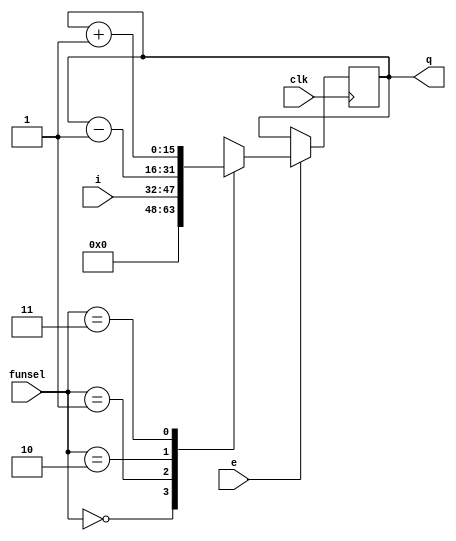
module register #(
parameter NBits = 16
) (
  input               clk,
  input[1:0]          funsel, 
  input               e, 
  input[NBits-1: 0]   i,
  output[NBits-1: 0]  q
);

reg[NBits-1:0] data;
assign q = data;

initial data = {NBits{1'b0}};

always @(posedge clk) begin
  if (e)
    case (funsel)
      2'b00: data = {NBits{1'b0}};  // Clear
      2'b01: data = i;              // Load
      2'b10: data = data - 1'b1;    // Decrement
      2'b11: data = data + 1'b1;    // Increment
    endcase
end 
endmodule

module IR_16_bit (
  input         clk,
  input[7:0]    i_half,
  input[1:0]    funsel,
  input         e,
  input         l_h,
  output[15:0]  ir_out
);
  wire[7:0] demux_1, demux_0;
  assign demux_1 = (l_h)? i_half : 8'bz;
  assign demux_0 = (l_h)? 8'bz : i_half;

  wire[7:0] bh_out;
  wire[7:0] bl_out;
  bufif0 buffer_high[7:0](bh_out, ir_out[15:8], {8{l_h}});
  bufif1 buffer_low[7:0](bl_out, ir_out[7:0], {8{l_h}});

  wire[7:0] high_part, low_part;
  assign high_part = demux_1;
  assign high_part = bh_out;
  assign low_part = demux_0;
  assign low_part = bl_out;

  wire[15:0] i;  
  assign i = {high_part, low_part};

  register #(.NBits(16)) ir (
  .clk    (clk),
  .funsel (funsel ),
  .e      (e      ),
  .i      (i      ),
  .q      (ir_out )
  );

endmodule

//register file
module RF(
  input[2:0]          O1Sel, 
  input[2:0]          O2Sel, 
  input[1:0]          FunSel, 
  input[3:0]          RSel, 
  input[3:0]          TSel, 
  input[7:0]          i,
  input[0:0]          clk,
  output[7:0]     O1,
  output[7:0]     O2
);
  wire R1e, R2e, R3e, R4e;
  wire T1e, T2e, T3e, T4e;

  assign {R1e, R2e, R3e, R4e} = RSel;
  assign {T1e, T2e, T3e, T4e} = TSel;

  register #(.NBits(8)) R1(.funsel(FunSel), .e(R1e), .i(i), .clk(clk));
  register #(.NBits(8)) R2(.funsel(FunSel), .e(R2e), .i(i), .clk(clk));
  register #(.NBits(8)) R3(.funsel(FunSel), .e(R3e), .i(i), .clk(clk));
  register #(.NBits(8)) R4(.funsel(FunSel), .e(R4e), .i(i), .clk(clk));
  register #(.NBits(8)) T1(.funsel(FunSel), .e(T1e), .i(i), .clk(clk));
  register #(.NBits(8)) T2(.funsel(FunSel), .e(T2e), .i(i), .clk(clk));
  register #(.NBits(8)) T3(.funsel(FunSel), .e(T3e), .i(i), .clk(clk));
  register #(.NBits(8)) T4(.funsel(FunSel), .e(T4e), .i(i), .clk(clk));

  assign O1 = (O1Sel == 3'b000)? T1.q : 8'bz;
  assign O1 = (O1Sel == 3'b001)? T2.q : 8'bz;
  assign O1 = (O1Sel == 3'b010)? T3.q : 8'bz;
  assign O1 = (O1Sel == 3'b011)? T4.q : 8'bz;
  assign O1 = (O1Sel == 3'b100)? R1.q : 8'bz;
  assign O1 = (O1Sel == 3'b101)? R2.q : 8'bz;
  assign O1 = (O1Sel == 3'b110)? R3.q : 8'bz;
  assign O1 = (O1Sel == 3'b111)? R4.q : 8'bz;

  assign O2 = (O2Sel == 3'b000)? T1.q : 8'bz;
  assign O2 = (O2Sel == 3'b001)? T2.q : 8'bz;
  assign O2 = (O2Sel == 3'b010)? T3.q : 8'bz;
  assign O2 = (O2Sel == 3'b011)? T4.q : 8'bz;
  assign O2 = (O2Sel == 3'b100)? R1.q : 8'bz;
  assign O2 = (O2Sel == 3'b101)? R2.q : 8'bz;
  assign O2 = (O2Sel == 3'b110)? R3.q : 8'bz;
  assign O2 = (O2Sel == 3'b111)? R4.q : 8'bz;
endmodule

module ARF(
  input           clk,
  input[7:0]      i,
  input[1:0]      out_b_sel,
  input[1:0]      out_a_sel,
  input[1:0]      funsel,
  input[3:0]      r_sel,
  output[7:0] out_a,
  output[7:0] out_b
);

  register #(.NBits(8)) PC (
    .clk    (clk),
    .funsel (funsel),
    .i      (i     )
  );

  register #(.NBits(8)) AR (
    .clk    (clk),
    .funsel (funsel),
    .i      (i     )
  );

  register #(.NBits(8)) SP (
    .clk    (clk),
    .funsel (funsel),
    .i      (i     )
  );

  register #(.NBits(8)) PC_past (
    .clk    (clk),
    .funsel (funsel),
    .i      (i     )
  );

  assign {AR.e, SP.e, PC_past.e, PC.e} = r_sel;

  assign out_a = (out_a_sel == 2'b00)? AR.q : 8'bz;
  assign out_a = (out_a_sel == 2'b01)? SP.q : 8'bz;
  assign out_a = (out_a_sel == 2'b10)? PC_past.q : 8'bz;
  assign out_a = (out_a_sel == 2'b11)? PC.q : 8'bz;

  assign out_b = (out_b_sel == 2'b00)? AR.q : 8'bz;
  assign out_b = (out_b_sel == 2'b01)? SP.q : 8'bz;
  assign out_b = (out_b_sel == 2'b10)? PC_past.q : 8'bz;
  assign out_b = (out_b_sel == 2'b11)? PC.q : 8'bz;
endmodule

module alu(
  input[7:0]  A,
  input[7:0]  B,
  input[3:0]  FunSel,
  input       CLK,
  output[7:0] OutALU,
  output[3:0] ZCNO
);

reg[7:0] out;
assign OutALU = out;

reg[3:0] in;
register #(.NBits(4)) zcno (
  .funsel(2'b01),
  .i(in),
  .e(1'b1),
  .clk(CLK),
  .q(ZCNO)
);

always @(*) begin
  case(FunSel)
    4'b0000:begin // A
      out = A;
    end
    4'b0001:begin // B
      out = B;
    end
    4'b0010:begin // NOT A
      out = ~A;
    end
    4'b0011:begin // NOT B
      out = ~B;
    end
    4'b0100:begin // A + B
      if(in[2] != 1'bX)
        {in[2], out} = {A[7], A} + {B[7], B} + {8'h00, in[2]};
      else
        {in[2], out} = {A[7], A} + {B[7], B};
      if((A[7] == B[7]) && (B[7] != out[7])) // Check overflow
        in[0] = 1'b1;
      else 
        in[0] = 1'b0;
    end
    4'b0101:begin // A - B
      {in[2], out} = {A[7], A} - {B[7], B};
      if((A[7] != B[7]) && (B[7] == out[7])) // Check overflow
        in[0] = 1'b1; 
      else 
        in[0] = 1'b0;
    end
    4'b0110:begin // Compare A, B
      {in[2], out} = {A[7], A} - {B[7], B};
      if((A[7] != B[7]) && (B[7] == out[7])) // Check overflow
        in[0] = 1'b1; 
      else 
        in[0] = 1'b0;
      // Comparison
      if(out == 8'h00) 
        out = 8'h00;
      else if(out[7] == in[0]) 
        out = A;
      else
        out = 8'h00;
    end
    4'b0111:begin // A AND B
      out = A & B;
    end
    4'b1000:begin // A OR B
      out = A | B;
    end
    4'b1001:begin // A NAND B
      out = ~(A & B);
    end
    4'b1010:begin // A XOR B
      out = A ^ B;
    end
    4'b1011:begin // LSL A
      out = {A[6:0], 1'b0}; in[2] = A[7];
    end
    4'b1100:begin // LSR A
      out = {1'b0, A[7:1]}; in[2] = A[0];
    end
    4'b1101:begin // ASL A
      out = {A[6:0], 1'b0};
      if(A[7] != A[6]) // Check overflow
        in[0] = 1'b1; 
      else 
        in[0] = 1'b0;
    end
    4'b1110:begin // ASR A
      out = {A[7], A[7:1]};
    end
    4'b1111:begin // CSR A
      out = {in[2], A[7:1]}; in[2] = A[0];
    end
  endcase
  
  if(out == 8'b0) // Check zero output
    in[3] = 1'b1;
  else
    in[3] = 1'b0;
    
  if(out[7] == 1'b1 && FunSel != 4'hE) // Check negative output
    in[1] = 1'b1;
  else
    in[1] = 1'b0;
end
endmodule

module mux1to2 (input       sel, 
                input [7:0] I0,
                input [7:0] I1,
                output reg[7:0] out);
                
    always @ (*) begin
        case (sel)
            1'b0: out <= I0;
            1'b1: out <= I1;
        endcase
    end
endmodule

module mux2to4 (input [1:0] sel, 
                input [7:0] I0,
                input [7:0] I1,
                input [7:0] I2,
                input [7:0] I3,
                output reg[7:0] out);
                
    always @ (*) begin
        case (sel)
            2'b00: out <= I0; 
            2'b01: out <= I1; 
            2'b10: out <= I2; 
            2'b11: out <= I3; 
        endcase 
    end
endmodule

module ALU_System(
    //multiplexers
    input[1:0] MuxASel,
    input[1:0] MuxBSel,
    input      MuxCSel,
    // register file
    input[2:0] RF_OutASel, //o1sel
    input[2:0] RF_OutBSel, //o2sel
    input[1:0] RF_FunSel,
    input[3:0] RF_TSel,
    input[3:0] RF_RSel,
    //ALU
    input[3:0] ALU_FunSel,
    //address register file
    input[1:0] ARF_OutASel,
    input[1:0] ARF_OutBSel,
    input[1:0] ARF_FunSel,
    input[3:0] ARF_RSel,
    // instruction register (IR)
    input[1:0] IR_Funsel,
    input      IR_Enable,
    input      IR_LH,
    //MEM
    input      Mem_WR, //Read = 0, Write = 1
    input      Mem_CS, //Chip is enable when cs = 0
    //clock
    input      Clock,
    //output 
    output[3:0] ALU_ZCNO,
    input dump
);

// i think its better to use assign and use original names for every part
//MUXA
wire[7:0] A_I0;
wire[7:0] A_I1;
wire[7:0] A_I2;
wire[7:0] A_I3;
wire[7:0] MUXA_out;
//RF
wire[7:0] RF_i;
wire[7:0] RF_O1;
wire[7:0] RF_O2;
//MUXC
wire[7:0] C_I0;
wire[7:0] C_I1;
wire[7:0] MUXC_out;
//ALU
wire[7:0] ALU_A;
wire[7:0] ALU_B;
wire[7:0] OutALU;
//wire[3:0] ALU_ZCNO;
//MUXB
wire[7:0] B_I0;
wire[7:0] B_I1;
wire[7:0] B_I2;
wire[7:0] B_I3; 
wire[7:0] MUXB_out;
//ARF
wire[7:0] ARF_i;
wire[7:0] ARF_OutA;
wire[7:0] ARF_OutB;
//Memory
wire[7:0] MEM_address;
wire[7:0] MEM_data;
wire[7:0] MEM_out;
//IR
wire[7:0] IR_i;
wire[7:0] IR_out_low;
wire[7:0] IR_out_high; // this may not be used.
wire[15:0] IR_out;
//out
//just a placeholder
//wire[7:0] out;

//assignments between outputs and inputs
// categorization is for inputs

//RF
assign RF_i = MUXA_out;
//ALU
assign ALU_A = MUXC_out;
assign ALU_B = RF_O2;
//MEMORY
assign MEM_data = OutALU;
assign MEM_address = ARF_OutB;
//ARF
assign ARF_i = MUXB_out;
//IR
assign IR_i = MEM_out;
assign IR_out_low = IR_out[7:0]; //maybe IR_out[0:7]
assign IR_out_high = IR_out[15:8]; // maybe IR_out[8:15]
//System
assign out = IR_out_high; //probably not needed
//MUXA
assign A_I0 = OutALU;
assign A_I1 = MEM_out;
assign A_I2 = IR_out_low;
assign A_I3 = ARF_OutA;
//MUXB
assign B_I0 = OutALU;
assign B_I1 = MEM_out;
assign B_I2 = IR_out_low;
assign B_I3 = ARF_OutA;
//MUXC
assign C_I0 = RF_O1;
assign C_I1 = ARF_OutA;

//modules
mux2to4 MUXA(
    .sel(MuxASel),
    .I0(A_I0),
    .I1(A_I1),
    .I2(A_I2),
    .I3(A_I3),
    .out(MUXA_out)
);

RF _RF(
    .O1Sel(RF_OutASel),
    .O2Sel(RF_OutBSel),
    .FunSel(RF_FunSel),
    .RSel(RF_RSel),
    .TSel(RF_TSel),
    .i(RF_i),
    .O1(RF_O1),
    .O2(RF_O2),
    .clk(Clock)
);

mux1to2 MUXC(
    .sel(MuxCSel),
    .I0(C_I0),
    .I1(C_I1),
    .out(MUXC_out)
);

mux2to4 MUXB(
    .sel(MuxBSel),
    .I0(B_I0),
    .I1(B_I1),
    .I2(B_I2),
    .I3(B_I3),
    .out(MUXB_out)
);

alu _ALU(
    .A(ALU_A),
    .B(ALU_B),
    .FunSel(ALU_FunSel),
    .CLK(Clock),
    .OutALU(OutALU),
    .ZCNO(ALU_ZCNO)
);

ARF _ARF(
    .i(ARF_i),
    .out_a_sel(ARF_OutASel),
    .out_b_sel(ARF_OutBSel),
    .funsel(ARF_FunSel),
    .r_sel(ARF_RSel),
    .out_a(ARF_OutA),
    .out_b(ARF_OutB),
    .clk(Clock)
);

Memory _MEMORY(
    .address(MEM_address),
    .data(MEM_data),
    .wr(Mem_WR),
    .cs(Mem_CS),
    .o(MEM_out),
    .clock(Clock),
    .dump(dump)
);

IR_16_bit _IR(
    .i_half (IR_i),
    .funsel (IR_Funsel),
    .e      (IR_Enable),
    .l_h    (IR_LH),
    .ir_out (IR_out),
    .clk(Clock)
);

endmodule

module Memory(
    input wire[7:0] address,
    input wire[7:0] data,
    input wire wr, //Read = 0, Write = 1
    input wire cs, //Chip is enable when cs = 0
    input wire clock,
    output reg[7:0] o, // Output
    input dump
);
    //Declaration of the RAM Area
    reg[7:0] RAM_DATA[0:255];
    reg[7:0] i;
    //Read Ram data from the file
    initial $readmemh("RAM.mem", RAM_DATA);
    //Read the selected data from RAM
    always @(*) begin
        $writememh("RAM_OUT.mem",RAM_DATA);
        o = ~wr && ~cs ? RAM_DATA[address] : 8'hZ;
    end
    
    //Write the data to RAM
    always @(posedge clock) begin
        if (wr && ~cs) begin
            RAM_DATA[address] <= data; 
        end
    end

    always @(posedge dump) begin
      for (i = 8'h0; i < 8'hff; i = i + 1) begin
        if (i % 16 == 0) $display("// Address: 0x%x", i);
        $display("%x", RAM_DATA[i]);
        // #1;
      end
      $display();
    end
endmodule

module decoder_4_16(
  input [3:0] in,
  output [15:0] out
);
  assign out = {
    (in[3] & in[2] & in[1] & in[0]), 
    (in[3] & in[2] & in[1] & ~in[0]), 
    (in[3] & in[2] & ~in[1] & in[0]), 
    (in[3] & in[2] & ~in[1] & ~in[0]), 
    (in[3] & ~in[2] & in[1] & in[0]), 
    (in[3] & ~in[2] & in[1] & ~in[0]), 
    (in[3] & ~in[2] & ~in[1] & in[0]), 
    (in[3] & ~in[2] & ~in[1] & ~in[0]), 
    (~in[3] & in[2] & in[1] & in[0]), 
    (~in[3] & in[2] & in[1] & ~in[0]), 
    (~in[3] & in[2] & ~in[1] & in[0]), 
    (~in[3] & in[2] & ~in[1] & ~in[0]), 
    (~in[3] & ~in[2] & in[1] & in[0]), 
    (~in[3] & ~in[2] & in[1] & ~in[0]), 
    (~in[3] & ~in[2] & ~in[1] & in[0]), 
    (~in[3] & ~in[2] & ~in[1] & ~in[0])
  };
endmodule

module CPUSystem(input Clock, input Reset);
  reg[1:0] MuxASel;
  reg[1:0] MuxBSel;
  reg      MuxCSel;
  // register file
  reg[2:0] RF_OutASel; //o1sel
  reg[2:0] RF_OutBSel; //o2sel
  reg[1:0] RF_FunSel;
  reg[3:0] RF_TSel;
  reg[3:0] RF_RSel;
  //ALU
  reg[3:0] ALU_FunSel;
  //address register file
  reg[1:0] ARF_OutASel;
  reg[1:0] ARF_OutBSel;
  reg[1:0] ARF_FunSel;
  reg[3:0] ARF_RSel;
  // instruction register (IR)
  reg[1:0] IR_Funsel;
  reg      IR_Enable;
  reg      IR_LH;
  //MEM
  reg      Mem_WR;
  reg      Mem_CS;
  
  wire[3:0] ALU_ZCNO;
  
  reg dump_input;
  register #(.NBits(1)) dump_reg (
    .clk(Clock), 
    .funsel(2'b01),
    .e(1'b1),
    .i(dump_input)
  );

  ALU_System alu_sys(
    MuxASel,
    MuxBSel,
    MuxCSel,
    RF_OutASel,
    RF_OutBSel,
    RF_FunSel,
    RF_TSel,
    RF_RSel,
    ALU_FunSel,
    ARF_OutASel,
    ARF_OutBSel,
    ARF_FunSel,
    ARF_RSel,
    IR_Funsel,
    IR_Enable,
    IR_LH,
    Mem_WR,
    Mem_CS,
    Clock,
    ALU_ZCNO,
    dump_reg.q
  );

  reg[1:0] s_counter_funsel;
  register #(.NBits(3)) s_counter (
    .clk(Clock), 
    .funsel(s_counter_funsel),
    .e(1'b1)
  );


  // Time
  wire[15:0] T;
  decoder_4_16 time_decoder({1'b0, s_counter.q}, T);

  // Opcode
  wire[15:0] K;
  decoder_4_16 opcode_decoder(alu_sys.IR_out[15:12], K);

  wire[15:0] d_dstreg;
  decoder_4_16 dstreg_decoder(alu_sys.IR_out[11:8], d_dstreg);
  wire[15:0] d_sreg1;
  decoder_4_16 sreg1_decoder(alu_sys.IR_out[7:4], d_sreg1);
  wire[15:0] d_sreg2;
  decoder_4_16 sreg2_decoder(alu_sys.IR_out[3:0], d_sreg2);
  wire[3:0] d_rsel;
  wire[11:0] d_rsel_void;
  decoder_4_16 rsel_decoder({2'b00, alu_sys.IR_out[9:8]}, {d_rsel_void, d_rsel});

  // addressing mode bit
  wire I;
  assign I = alu_sys.IR_out[10];

  initial begin
    $dumpvars;
    s_counter_funsel = 2'b11;
  end
  always @(*) begin
    if (Reset) begin
      s_counter_funsel = 2'b00;
      ARF_FunSel = 2'b00;
      ARF_RSel = 4'b0011;
    end
    if (!Reset) begin
    // Fetch cycle (T0, T1, T2)

    if (T[0]) begin
      dump_input = 1'b0;
      // IR(0-7) <-
      IR_Enable = 1;
      IR_Funsel = 2'b01;
      IR_LH = 0;
      // <- M[PC]
      Mem_WR = 0;
      Mem_CS = 0;
      ARF_OutBSel = 2'b11;
      // Increment PC_past and PC
      ARF_FunSel = 2'b11;
      ARF_RSel = 4'b0011;

      s_counter_funsel = 2'b11;
      RF_RSel = 4'b0000;
    end

    if (T[1]) begin
      // IR(8-15) <-
      IR_Enable = 1;
      IR_Funsel = 2'b01;
      IR_LH = 1;
      // <- M[PC]
      Mem_WR = 0;
      Mem_CS = 0;
      ARF_OutBSel = 2'b11;    
      // Increment PC_past and PC
      ARF_FunSel = 2'b11;
      ARF_RSel = 4'b0011;

      s_counter_funsel = 2'b11;
      RF_RSel = 4'b0000;
    end

    if (T[2]) begin
      Mem_WR = 0; // disable memory
      s_counter_funsel = 2'b11;
      RF_RSel = 4'b0000;
      IR_Enable = 0;
      ARF_RSel = 4'b0000;
      if (alu_sys.IR_out == 16'hffff) begin
        $finish;
      end
    end

    // AND
    if (T[3] && K[0]) begin
      MuxASel = 2'b00; // Select ALU
      MuxBSel = 2'b00; // Select ALU

      // DSTREG <-

      // If R1, R2, R3 or R4
      if (d_dstreg[0] || d_dstreg[1] || d_dstreg[2] || d_dstreg[3]) begin
        RF_FunSel = 2'b01;
        RF_RSel = {d_dstreg[0], d_dstreg[1], d_dstreg[2], d_dstreg[3]};
      end
      
      // If SP, AR, PC, PC
      if (d_dstreg[4] || d_dstreg[5] || d_dstreg[6] || d_dstreg[7]) begin
        ARF_FunSel = 2'b01;
        ARF_RSel = {d_dstreg[5], d_dstreg[4], d_dstreg[6], d_dstreg[7]};
      end

      // <- SREG1 and SREG2

      // Both SREGs cannot be from ARF
      if (d_sreg1[4]) ARF_OutASel = 2'b01; // SP
      if (d_sreg1[5]) ARF_OutASel = 2'b00; // AR
      if (d_sreg1[6]) ARF_OutASel = 2'b11; // PC
      if (d_sreg1[7]) ARF_OutASel = 2'b11; // PC

      if (d_sreg2[4]) ARF_OutASel = 2'b01; // SP
      if (d_sreg2[5]) ARF_OutASel = 2'b00; // AR
      if (d_sreg2[6]) ARF_OutASel = 2'b11; // PC
      if (d_sreg2[7]) ARF_OutASel = 2'b11; // PC
      
      if ((d_sreg1[4] || d_sreg1[5] || d_sreg1[6] || d_sreg1[7]) || 
         (d_sreg2[4] || d_sreg2[5] || d_sreg2[6] || d_sreg2[7])) begin
        MuxCSel = 1'b1; // Select ARF_OutA
        // One of SREGs from RF
        if (d_sreg1[0]) RF_OutBSel = 3'b100;
        if (d_sreg1[1]) RF_OutBSel = 3'b101;
        if (d_sreg1[2]) RF_OutBSel = 3'b110;
        if (d_sreg1[3]) RF_OutBSel = 3'b111;

        if (d_sreg2[0]) RF_OutBSel = 3'b100;
        if (d_sreg2[1]) RF_OutBSel = 3'b101;
        if (d_sreg2[2]) RF_OutBSel = 3'b110;
        if (d_sreg2[3]) RF_OutBSel = 3'b111;
      end else begin
        MuxCSel = 1'b0; // Select RF_OutA
        // Both SREGs from RF
        if (d_sreg1[0]) RF_OutASel = 3'b100;
        if (d_sreg1[1]) RF_OutASel = 3'b101;
        if (d_sreg1[2]) RF_OutASel = 3'b110;
        if (d_sreg1[3]) RF_OutASel = 3'b111;

        if (d_sreg2[0]) RF_OutBSel = 3'b100;
        if (d_sreg2[1]) RF_OutBSel = 3'b101;
        if (d_sreg2[2]) RF_OutBSel = 3'b110;
        if (d_sreg2[3]) RF_OutBSel = 3'b111;
      end

      ALU_FunSel = 4'b0111; // AND
      Mem_CS = 1; // disable memory
      s_counter_funsel = 2'b00; // reset counter
      IR_Enable = 0;
    end  
    
    // OR
    if (T[3] && K[1]) begin
      MuxASel = 2'b00; // Select ALU
      MuxBSel = 2'b00; // Select ALU

      // DSTREG <-

      // If R1, R2, R3 or R4
      if (d_dstreg[0] || d_dstreg[1] || d_dstreg[2] || d_dstreg[3]) begin
        RF_FunSel = 2'b01;
        RF_RSel = {d_dstreg[0], d_dstreg[1], d_dstreg[2], d_dstreg[3]};
      end
      
      // If SP, AR, PC, PC
      if (d_dstreg[4] || d_dstreg[5] || d_dstreg[6] || d_dstreg[7]) begin
        ARF_FunSel = 2'b01;
        ARF_RSel = {d_dstreg[5], d_dstreg[4], d_dstreg[6], d_dstreg[7]};
      end

      // <- SREG1 or SREG2

      // Both SREGs cannot be from ARF
      if (d_sreg1[4]) ARF_OutASel = 2'b01; // SP
      if (d_sreg1[5]) ARF_OutASel = 2'b00; // AR
      if (d_sreg1[6]) ARF_OutASel = 2'b11; // PC
      if (d_sreg1[7]) ARF_OutASel = 2'b11; // PC

      if (d_sreg2[4]) ARF_OutASel = 2'b01; // SP
      if (d_sreg2[5]) ARF_OutASel = 2'b00; // AR
      if (d_sreg2[6]) ARF_OutASel = 2'b11; // PC
      if (d_sreg2[7]) ARF_OutASel = 2'b11; // PC
      
      if ((d_sreg1[4] || d_sreg1[5] || d_sreg1[6] || d_sreg1[7]) || 
         (d_sreg2[4] || d_sreg2[5] || d_sreg2[6] || d_sreg2[7])) begin
        MuxCSel = 1'b1; // Select ARF_OutA
        // One of SREGs from RF
        if (d_sreg1[0]) RF_OutBSel = 3'b100;
        if (d_sreg1[1]) RF_OutBSel = 3'b101;
        if (d_sreg1[2]) RF_OutBSel = 3'b110;
        if (d_sreg1[3]) RF_OutBSel = 3'b111;

        if (d_sreg2[0]) RF_OutBSel = 3'b100;
        if (d_sreg2[1]) RF_OutBSel = 3'b101;
        if (d_sreg2[2]) RF_OutBSel = 3'b110;
        if (d_sreg2[3]) RF_OutBSel = 3'b111;
      end else begin
        MuxCSel = 1'b0; // Select RF_OutA
        // Both SREGs from RF
        if (d_sreg1[0]) RF_OutASel = 3'b100;
        if (d_sreg1[1]) RF_OutASel = 3'b101;
        if (d_sreg1[2]) RF_OutASel = 3'b110;
        if (d_sreg1[3]) RF_OutASel = 3'b111;

        if (d_sreg2[0]) RF_OutBSel = 3'b100;
        if (d_sreg2[1]) RF_OutBSel = 3'b101;
        if (d_sreg2[2]) RF_OutBSel = 3'b110;
        if (d_sreg2[3]) RF_OutBSel = 3'b111;
      end

      ALU_FunSel = 4'b1000; // OR
      Mem_CS = 1; // disable memory
      s_counter_funsel = 2'b00; // reset counter
      IR_Enable = 0;
    end  

    // NOT
    if (T[3] && K[2]) begin
      MuxASel = 2'b00; // Select ALU
      MuxBSel = 2'b00; // Select ALU
      MuxCSel = 1'b1; // Select ARF_OutA

      // DSTREG <-

      // If R1, R2, R3 or R4
      if (d_dstreg[0] || d_dstreg[1] || d_dstreg[2] || d_dstreg[3]) begin
        RF_FunSel = 2'b01;
        RF_RSel = {d_dstreg[0], d_dstreg[1], d_dstreg[2], d_dstreg[3]};
      end
      
      // If SP, AR, PC, PC
      if (d_dstreg[4] || d_dstreg[5] || d_dstreg[6] || d_dstreg[7]) begin
        ARF_FunSel = 2'b01;
        ARF_RSel = {d_dstreg[5], d_dstreg[4], d_dstreg[6], d_dstreg[7]};
      end

      // <- not SREG1

      // If R1, R2, R3 or R4
      if (d_sreg1[0] || d_sreg1[1] || d_sreg1[2] || d_sreg1[3])
        ALU_FunSel = 4'b0011; // NOT B
      if (d_sreg1[0]) RF_OutBSel = 3'b100;
      if (d_sreg1[1]) RF_OutBSel = 3'b101;
      if (d_sreg1[2]) RF_OutBSel = 3'b110;
      if (d_sreg1[3]) RF_OutBSel = 3'b111;
      
      // If SP, AR, PC, PC
      if (d_sreg1[4] || d_sreg1[5] || d_sreg1[6] || d_sreg1[7]) 
        ALU_FunSel = 4'b0010; // NOT A
      if (d_sreg1[4]) ARF_OutASel = 2'b01; // SP
      if (d_sreg1[5]) ARF_OutASel = 2'b00; // AR
      if (d_sreg1[6]) ARF_OutASel = 2'b11; // PC
      if (d_sreg1[7]) ARF_OutASel = 2'b11; // PC

      Mem_CS = 1; // disable memory
      s_counter_funsel = 2'b00; // reset counter
      IR_Enable = 0;
    end  

    // ADD
    if (T[3] && K[3]) begin
      MuxASel = 2'b00; // Select ALU
      MuxBSel = 2'b00; // Select ALU

      // DSTREG <-

      // If R1, R2, R3 or R4
      if (d_dstreg[0] || d_dstreg[1] || d_dstreg[2] || d_dstreg[3]) begin
        RF_FunSel = 2'b01;
        RF_RSel = {d_dstreg[0], d_dstreg[1], d_dstreg[2], d_dstreg[3]};
      end
      
      // If SP, AR, PC, PC
      if (d_dstreg[4] || d_dstreg[5] || d_dstreg[6] || d_dstreg[7]) begin
        ARF_FunSel = 2'b01;
        ARF_RSel = {d_dstreg[5], d_dstreg[4], d_dstreg[6], d_dstreg[7]};
      end

      // <- SREG1 + SREG2

      // Both SREGs cannot be from ARF
      if (d_sreg1[4]) ARF_OutASel = 2'b01; // SP
      if (d_sreg1[5]) ARF_OutASel = 2'b00; // AR
      if (d_sreg1[6]) ARF_OutASel = 2'b11; // PC
      if (d_sreg1[7]) ARF_OutASel = 2'b11; // PC

      if (d_sreg2[4]) ARF_OutASel = 2'b01; // SP
      if (d_sreg2[5]) ARF_OutASel = 2'b00; // AR
      if (d_sreg2[6]) ARF_OutASel = 2'b11; // PC
      if (d_sreg2[7]) ARF_OutASel = 2'b11; // PC
      
      if ((d_sreg1[4] || d_sreg1[5] || d_sreg1[6] || d_sreg1[7]) || 
         (d_sreg2[4] || d_sreg2[5] || d_sreg2[6] || d_sreg2[7])) begin
        MuxCSel = 1'b1; // Select ARF_OutA
        // One of SREGs from RF
        if (d_sreg1[0]) RF_OutBSel = 3'b100;
        if (d_sreg1[1]) RF_OutBSel = 3'b101;
        if (d_sreg1[2]) RF_OutBSel = 3'b110;
        if (d_sreg1[3]) RF_OutBSel = 3'b111;

        if (d_sreg2[0]) RF_OutBSel = 3'b100;
        if (d_sreg2[1]) RF_OutBSel = 3'b101;
        if (d_sreg2[2]) RF_OutBSel = 3'b110;
        if (d_sreg2[3]) RF_OutBSel = 3'b111;
      end else begin
        MuxCSel = 1'b0; // Select RF_OutA
        // Both SREGs from RF
        if (d_sreg1[0]) RF_OutASel = 3'b100;
        if (d_sreg1[1]) RF_OutASel = 3'b101;
        if (d_sreg1[2]) RF_OutASel = 3'b110;
        if (d_sreg1[3]) RF_OutASel = 3'b111;

        if (d_sreg2[0]) RF_OutBSel = 3'b100;
        if (d_sreg2[1]) RF_OutBSel = 3'b101;
        if (d_sreg2[2]) RF_OutBSel = 3'b110;
        if (d_sreg2[3]) RF_OutBSel = 3'b111;
      end

      ALU_FunSel = 4'b0100; // ADD
      Mem_CS = 1; // disable memory
      s_counter_funsel = 2'b00; // reset counter
      IR_Enable = 0;
    end  

    // SUB
    if (T[3] && K[4]) begin
      MuxASel = 2'b00; // Select ALU
      MuxBSel = 2'b00; // Select ALU

      // DSTREG <-

      // If R1, R2, R3 or R4
      if (d_dstreg[0] || d_dstreg[1] || d_dstreg[2] || d_dstreg[3]) begin
        RF_FunSel = 2'b01;
        RF_RSel = {d_dstreg[0], d_dstreg[1], d_dstreg[2], d_dstreg[3]};
      end
      
      // If SP, AR, PC, PC
      if (d_dstreg[4] || d_dstreg[5] || d_dstreg[6] || d_dstreg[7]) begin
        ARF_FunSel = 2'b01;
        ARF_RSel = {d_dstreg[5], d_dstreg[4], d_dstreg[6], d_dstreg[7]};
      end

      // <- SREG1 - SREG2

      // Both SREGs cannot be from ARF
      if (d_sreg1[4]) ARF_OutASel = 2'b01; // SP
      if (d_sreg1[5]) ARF_OutASel = 2'b00; // AR
      if (d_sreg1[6]) ARF_OutASel = 2'b11; // PC
      if (d_sreg1[7]) ARF_OutASel = 2'b11; // PC

      if (d_sreg2[4]) ARF_OutASel = 2'b01; // SP
      if (d_sreg2[5]) ARF_OutASel = 2'b00; // AR
      if (d_sreg2[6]) ARF_OutASel = 2'b11; // PC
      if (d_sreg2[7]) ARF_OutASel = 2'b11; // PC
      
      if ((d_sreg1[4] || d_sreg1[5] || d_sreg1[6] || d_sreg1[7]) || 
         (d_sreg2[4] || d_sreg2[5] || d_sreg2[6] || d_sreg2[7])) begin
        MuxCSel = 1'b1; // Select ARF_OutA
        // One of SREGs from RF
        if (d_sreg1[0]) RF_OutBSel = 3'b100;
        if (d_sreg1[1]) RF_OutBSel = 3'b101;
        if (d_sreg1[2]) RF_OutBSel = 3'b110;
        if (d_sreg1[3]) RF_OutBSel = 3'b111;

        if (d_sreg2[0]) RF_OutBSel = 3'b100;
        if (d_sreg2[1]) RF_OutBSel = 3'b101;
        if (d_sreg2[2]) RF_OutBSel = 3'b110;
        if (d_sreg2[3]) RF_OutBSel = 3'b111;
      end else begin
        MuxCSel = 1'b0; // Select RF_OutA
        // Both SREGs from RF
        if (d_sreg1[0]) RF_OutASel = 3'b100;
        if (d_sreg1[1]) RF_OutASel = 3'b101;
        if (d_sreg1[2]) RF_OutASel = 3'b110;
        if (d_sreg1[3]) RF_OutASel = 3'b111;

        if (d_sreg2[0]) RF_OutBSel = 3'b100;
        if (d_sreg2[1]) RF_OutBSel = 3'b101;
        if (d_sreg2[2]) RF_OutBSel = 3'b110;
        if (d_sreg2[3]) RF_OutBSel = 3'b111;
      end

      ALU_FunSel = 4'b0101; // SUB
      Mem_CS = 1; // disable memory
      s_counter_funsel = 2'b00; // reset counter
      IR_Enable = 0;
    end  

    // LSR
    if (T[3] && K[5]) begin
      MuxASel = 2'b00; // Select ALU
      MuxBSel = 2'b00; // Select ALU

      // DSTREG <-

      // If R1, R2, R3 or R4
      if (d_dstreg[0] || d_dstreg[1] || d_dstreg[2] || d_dstreg[3]) begin
        RF_FunSel = 2'b01;
        RF_RSel = {d_dstreg[0], d_dstreg[1], d_dstreg[2], d_dstreg[3]};
      end
      
      // If SP, AR, PC, PC
      if (d_dstreg[4] || d_dstreg[5] || d_dstreg[6] || d_dstreg[7]) begin
        ARF_FunSel = 2'b01;
        ARF_RSel = {d_dstreg[5], d_dstreg[4], d_dstreg[6], d_dstreg[7]};
      end

      // <- LSR SREG1

      // If R1, R2, R3 or R4
      if (d_sreg1[0] || d_sreg1[1] || d_sreg1[2] || d_sreg1[3])
        MuxCSel = 1'b0;
      if (d_sreg1[0]) RF_OutASel = 3'b100;
      if (d_sreg1[1]) RF_OutASel = 3'b101;
      if (d_sreg1[2]) RF_OutASel = 3'b110;
      if (d_sreg1[3]) RF_OutASel = 3'b111;
      
      // If SP, AR, PC, PC
      if (d_sreg1[4] || d_sreg1[5] || d_sreg1[6] || d_sreg1[7]) 
        MuxCSel = 1'b1;
      if (d_sreg1[4]) ARF_OutASel = 2'b01; // SP
      if (d_sreg1[5]) ARF_OutASel = 2'b00; // AR
      if (d_sreg1[6]) ARF_OutASel = 2'b11; // PC
      if (d_sreg1[7]) ARF_OutASel = 2'b11; // PC

      ALU_FunSel = 4'b1100; // LSR
      Mem_CS = 1; // disable memory
      s_counter_funsel = 2'b00; // reset counter
      IR_Enable = 0;
    end  

    // LSL
    if (T[3] && K[6]) begin
      MuxASel = 2'b00; // Select ALU
      MuxBSel = 2'b00; // Select ALU

      // DSTREG <-

      // If R1, R2, R3 or R4
      if (d_dstreg[0] || d_dstreg[1] || d_dstreg[2] || d_dstreg[3]) begin
        RF_FunSel = 2'b01;
        RF_RSel = {d_dstreg[0], d_dstreg[1], d_dstreg[2], d_dstreg[3]};
      end
      
      // If SP, AR, PC, PC
      if (d_dstreg[4] || d_dstreg[5] || d_dstreg[6] || d_dstreg[7]) begin
        ARF_FunSel = 2'b01;
        ARF_RSel = {d_dstreg[5], d_dstreg[4], d_dstreg[6], d_dstreg[7]};
      end

      // <- LSL SREG1

      // If R1, R2, R3 or R4
      if (d_sreg1[0] || d_sreg1[1] || d_sreg1[2] || d_sreg1[3])
        MuxCSel = 1'b0;
      if (d_sreg1[0]) RF_OutASel = 3'b100;
      if (d_sreg1[1]) RF_OutASel = 3'b101;
      if (d_sreg1[2]) RF_OutASel = 3'b110;
      if (d_sreg1[3]) RF_OutASel = 3'b111;
      
      // If SP, AR, PC, PC
      if (d_sreg1[4] || d_sreg1[5] || d_sreg1[6] || d_sreg1[7]) 
        MuxCSel = 1'b1;
      if (d_sreg1[4]) ARF_OutASel = 2'b01; // SP
      if (d_sreg1[5]) ARF_OutASel = 2'b00; // AR
      if (d_sreg1[6]) ARF_OutASel = 2'b11; // PC
      if (d_sreg1[7]) ARF_OutASel = 2'b11; // PC

      ALU_FunSel = 4'b1011; // LSL
      Mem_CS = 1; // disable memory
      s_counter_funsel = 2'b00; // reset counter
      IR_Enable = 0;
    end 

    // INC
    if (T[3] && K[7]) begin

        MuxASel = 2'b00; // Select ALU
        MuxBSel = 2'b00; // Select ALU
        ALU_FunSel = 4'b0000;
        
        // DSTREG <-
    
        // If R1, R2, R3 or R4
        if (d_dstreg[0] || d_dstreg[1] || d_dstreg[2] || d_dstreg[3]) begin
          MuxCSel = 1'b0;
          RF_FunSel = 2'b01;
          RF_RSel = {d_dstreg[0], d_dstreg[1], d_dstreg[2], d_dstreg[3]};
          ARF_RSel = 4'b0;
        end
        
        if (d_sreg1[0]) RF_OutASel = 3'b100;
        if (d_sreg1[1]) RF_OutASel = 3'b101;
        if (d_sreg1[2]) RF_OutASel = 3'b110;
        if (d_sreg1[3]) RF_OutASel = 3'b111;
        
        // If SP, AR, PC, PC
        if (d_dstreg[4] || d_dstreg[5] || d_dstreg[6] || d_dstreg[7]) begin
          MuxCSel = 1'b1;
          ARF_FunSel = 2'b01;
          ARF_RSel = {d_dstreg[5], d_dstreg[4], d_dstreg[6], d_dstreg[7]};
          RF_RSel = 4'b0;
        end
        
        if (d_sreg1[4]) ARF_OutASel = 2'b01; // SP
        if (d_sreg1[5]) ARF_OutASel = 2'b00; // AR
        if (d_sreg1[6]) ARF_OutASel = 2'b11; // PC
        if (d_sreg1[7]) ARF_OutASel = 2'b11; // PC
       
        Mem_CS = 1; // disable memory
        IR_Enable = 0;
    end  

    if (T[4] && K[7]) begin
        // <-  DSTREG + 1

        // If R1, R2, R3 or R4
        if (d_dstreg[0] || d_dstreg[1] || d_dstreg[2] || d_dstreg[3]) begin
          RF_FunSel = 2'b11;
          RF_RSel = {d_dstreg[0], d_dstreg[1], d_dstreg[2], d_dstreg[3]};
          ARF_RSel = 4'b0;
        end

        // If SP, AR, PC, PC
        if (d_dstreg[4] || d_dstreg[5] || d_dstreg[6] || d_dstreg[7]) begin
          ARF_FunSel = 2'b11;
          ARF_RSel = {d_dstreg[5], d_dstreg[4], d_dstreg[6], d_dstreg[7]};
          RF_RSel = 4'b0;
        end
        
        Mem_CS = 1; // disable memory
        s_counter_funsel = 2'b00; // reset counter
        IR_Enable = 0;
        
    end
    
    // DEC
    if (T[3] && K[8]) begin

            MuxASel = 2'b00; // Select ALU
            MuxBSel = 2'b00; // Select ALU
            ALU_FunSel = 4'b0000;
            
            // DSTREG <-
        
            // If R1, R2, R3 or R4
            if (d_dstreg[0] || d_dstreg[1] || d_dstreg[2] || d_dstreg[3]) begin
              MuxCSel = 1'b0;
              RF_FunSel = 2'b01;
              RF_RSel = {d_dstreg[0], d_dstreg[1], d_dstreg[2], d_dstreg[3]};
              ARF_RSel = 4'b0;
            end
            
            if (d_sreg1[0]) RF_OutASel = 3'b100;
            if (d_sreg1[1]) RF_OutASel = 3'b101;
            if (d_sreg1[2]) RF_OutASel = 3'b110;
            if (d_sreg1[3]) RF_OutASel = 3'b111;
            
            // If SP, AR, PC, PC
            if (d_dstreg[4] || d_dstreg[5] || d_dstreg[6] || d_dstreg[7]) begin
              MuxCSel = 1'b1;
              ARF_FunSel = 2'b01;
              ARF_RSel = {d_dstreg[5], d_dstreg[4], d_dstreg[6], d_dstreg[7]};
              RF_RSel = 4'b0;
            end
            
            if (d_sreg1[4]) ARF_OutASel = 2'b01; // SP
            if (d_sreg1[5]) ARF_OutASel = 2'b00; // AR
            if (d_sreg1[6]) ARF_OutASel = 2'b11; // PC
            if (d_sreg1[7]) ARF_OutASel = 2'b11; // PC
           
            Mem_CS = 1; // disable memory
            IR_Enable = 0;
        
    end  
    
    if(T[4] && K[8]) begin
        // <-  DSTREG - 1

        // If R1, R2, R3 or R4
        if (d_dstreg[0] || d_dstreg[1] || d_dstreg[2] || d_dstreg[3]) begin
          RF_FunSel = 2'b10;
          RF_RSel = {d_dstreg[0], d_dstreg[1], d_dstreg[2], d_dstreg[3]};
          ARF_RSel = 4'b0;
        end
    
        // If SP, AR, PC, PC
        if (d_dstreg[4] || d_dstreg[5] || d_dstreg[6] || d_dstreg[7]) begin
          ARF_FunSel = 2'b10;
          ARF_RSel = {d_dstreg[5], d_dstreg[4], d_dstreg[6], d_dstreg[7]};
          RF_RSel = 4'b0;
        end
        
        Mem_CS = 1; // disable memory
        s_counter_funsel = 2'b00; // reset counter
        IR_Enable = 0;
    end
//?

    // BRA
    if (T[3] && K[9]) begin
        RF_RSel = 4'b0000;
        
        MuxBSel = 2'b10;
        ARF_RSel = 4'b0001; // PC
        ARF_FunSel = 2'b01; //Load
    
        
        Mem_CS = 1; // disable memory
        s_counter_funsel = 2'b00; // reset counter
        IR_Enable = 0;
    end

    // BNE
    if (T[3] && K[10]) begin
     
        if(!ALU_ZCNO[3]) begin //if Z == 0
            RF_RSel = 4'b0000;
            
            MuxBSel = 2'b10;
            ARF_RSel = 4'b0001; // PC
            ARF_FunSel = 2'b01; //Load
        
            
            Mem_CS = 1; // disable memory
            s_counter_funsel = 2'b00; // reset counter
            IR_Enable = 0;
        end
        
        if(ALU_ZCNO[3]) begin // if condition is not 0, finish instruction
            Mem_CS = 1; // disable memory
            s_counter_funsel = 2'b00; // reset counter
            IR_Enable = 0;
        end
    end

    // MOV
    if (T[3] && K[11]) begin
      MuxASel = 2'b00; // Select ALU
      MuxBSel = 2'b00; // Select ALU
      MuxCSel = 1'b1;

      // DSTREG <-

      // If R1, R2, R3 or R4
      if (d_dstreg[0] || d_dstreg[1] || d_dstreg[2] || d_dstreg[3]) begin
        RF_FunSel = 2'b01;
        RF_RSel = {d_dstreg[0], d_dstreg[1], d_dstreg[2], d_dstreg[3]};
      end
      
      // If SP, AR, PC, PC
      if (d_dstreg[4] || d_dstreg[5] || d_dstreg[6] || d_dstreg[7]) begin
        ARF_FunSel = 2'b01;
        ARF_RSel = {d_dstreg[5], d_dstreg[4], d_dstreg[6], d_dstreg[7]};
      end

      // <- SREG1

      // If R1, R2, R3 or R4
      if (d_sreg1[0] || d_sreg1[1] || d_sreg1[2] || d_sreg1[3])
        ALU_FunSel = 4'b0001;
      if (d_sreg1[0]) RF_OutBSel = 3'b100;
      if (d_sreg1[1]) RF_OutBSel = 3'b101;
      if (d_sreg1[2]) RF_OutBSel = 3'b110;
      if (d_sreg1[3]) RF_OutBSel = 3'b111;
      
      // If SP, AR, PC, PC
      if (d_sreg1[4] || d_sreg1[5] || d_sreg1[6] || d_sreg1[7]) 
        ALU_FunSel = 4'b0000;
      if (d_sreg1[4]) ARF_OutASel = 2'b01; // SP
      if (d_sreg1[5]) ARF_OutASel = 2'b00; // AR
      if (d_sreg1[6]) ARF_OutASel = 2'b11; // PC
      if (d_sreg1[7]) ARF_OutASel = 2'b11; // PC

      Mem_WR = 0; // disable memory
      s_counter_funsel = 2'b00; // reset counter
      IR_Enable = 0;
    end  

    // LD
    if (T[3] && K[12]) begin
      // Rx <-
      RF_RSel = {d_rsel[0], d_rsel[1], d_rsel[2], d_rsel[3]};
      RF_FunSel = 2'b01;
      
      if (I == 0) begin
        // Immediate address
        // <- IR(0-7)
        MuxASel = 2'b10;
      end

      if (I == 1) begin
        // Direct address
        // <- M[AR]
        MuxASel = 2'b01;
        ARF_OutBSel = 2'b00;
        Mem_CS = 0; // enable memory
        Mem_WR = 0; // read
      end

      s_counter_funsel = 2'b00; // reset counter
      ARF_RSel = 4'b0000;
      IR_Enable = 0;
    end  

    // ST
    if (T[3] && K[13]) begin
      // M[AR] <-
      Mem_CS = 0; // enable memory
      Mem_WR = 1; // write
      ARF_OutBSel = 2'b00;

      // <- Rx 
      ALU_FunSel = 4'b0001;
      if (d_rsel[0]) RF_OutBSel = 3'b100;
      if (d_rsel[1]) RF_OutBSel = 3'b101;
      if (d_rsel[2]) RF_OutBSel = 3'b110;
      if (d_rsel[3]) RF_OutBSel = 3'b111;

      s_counter_funsel = 2'b00; // reset counter
      IR_Enable = 0;
      ARF_RSel = 4'b0000;
      dump_input = 1'b1;
    end  

    // PUL
    if (T[3] && K[14]) begin
      MuxASel = 2'b01;
      // Rx <-
      RF_RSel = {d_rsel[0], d_rsel[1], d_rsel[2], d_rsel[3]};
      RF_FunSel = 2'b01;

      // <- M[SP]
      ARF_OutBSel = 2'b01;
      Mem_CS = 0; // enable memory
      Mem_WR = 0; // read

      // SP <- SP + 1
      ARF_RSel = 4'b0100;
      ARF_FunSel = 2'b11;

      IR_Enable = 0;
      s_counter_funsel = 2'b00; // reset counter
    end  

    // PSH
    if (T[3] && K[15]) begin
      Mem_WR = 0; // read
      // SP <- SP - 1
      ARF_RSel = 4'b0100;
      ARF_FunSel = 2'b10;     
      IR_Enable = 0;
    end  

    if (T[4] && K[15]) begin 
      // M[SP] <- 
      Mem_CS = 0; // enable memory
      Mem_WR = 1; // write
      ARF_OutBSel = 2'b01;
      ARF_RSel = 4'b0000;
      
      // <- Rx
      ALU_FunSel = 4'b0001;
      if (d_rsel[0]) RF_OutBSel = 3'b100;
      if (d_rsel[1]) RF_OutBSel = 3'b101;
      if (d_rsel[2]) RF_OutBSel = 3'b110;
      if (d_rsel[3]) RF_OutBSel = 3'b111;

      s_counter_funsel = 2'b00; // reset counter
      IR_Enable = 0;
    end
    
    end

  end
endmodule